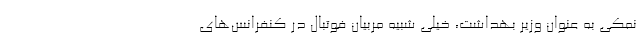
نمکی به عنوان وزیر بهداشت، خیلی شبیه مربیان فوتبال در کنفرانس‌های